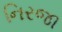
નિરજા